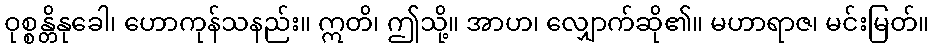
ဝုစ္စန္တိနုခေါ၊ ဟောကုန်သနည်း။ ဣတိ၊ ဤသို့။ အာဟ၊ လျှောက်ဆို၏။ မဟာရာဇ၊ မင်းမြတ်။